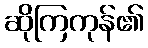
ဆိုကြကုန်၏